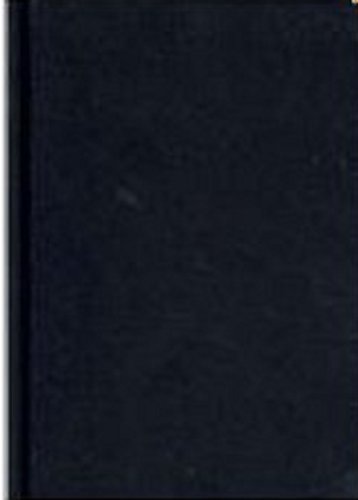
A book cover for Handbook of International Relations; Business & Money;